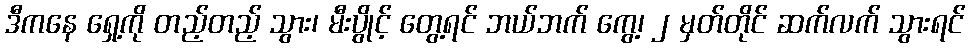
ဒီကနေ ရှေ့ကို တည့်တည့် သွား၊ မီးပွိုင့် တွေ့ရင် ဘယ်ဘက် ကွေ့၊ ၂ မှတ်တိုင် ဆက်လက် သွားရင်